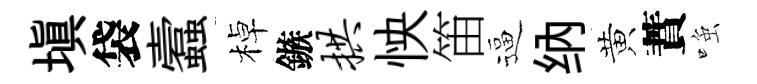
塡袋蠧棹鏃拱怏笛逼纳黄蕡𫪻